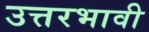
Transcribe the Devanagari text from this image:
उत्तरभावी